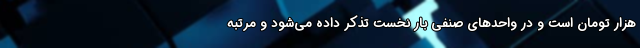
هزار تومان است و در واحد‌های صنفی بار نخست تذکر داده می‌شود و مرتبه